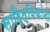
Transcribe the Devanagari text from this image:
साहित्यिकांनो